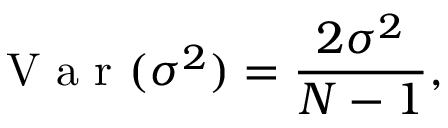
\mathrm { ~ V ~ a ~ r ~ } ( \sigma ^ { 2 } ) = \frac { 2 \sigma ^ { 2 } } { N - 1 } ,